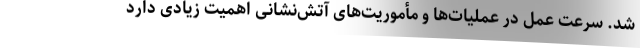
شد. سرعت عمل در عملیات‌ها و مأموریت‌های آتش‌نشانی اهمیت زیادی دارد